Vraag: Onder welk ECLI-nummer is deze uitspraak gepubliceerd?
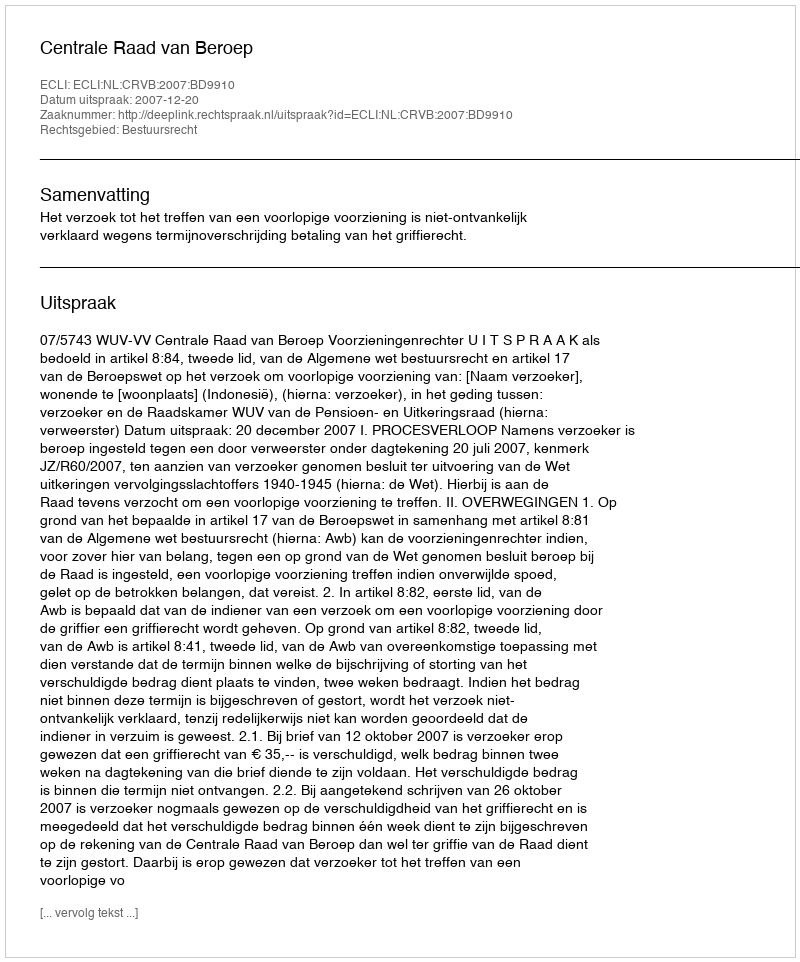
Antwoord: ECLI:NL:CRVB:2007:BD9910